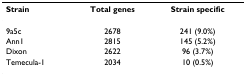
<table><thead><tr><td><b>Strain</b></td><td><b>Total genes</b></td><td><b>Strain specific</b></td></tr></thead><tbody><tr><td>9a5c</td><td>2678</td><td>241 (9.0%)</td></tr><tr><td>Ann1</td><td>2815</td><td>145 (5.2%)</td></tr><tr><td>Dixon</td><td>2622</td><td>96 (3.7%)</td></tr><tr><td>Temecula-1</td><td>2034</td><td>10 (0.5%)</td></tr></tbody></table>